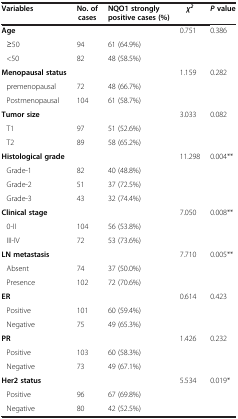
<table><thead><tr><td><b>Variables</b></td><td><b>No. of cases</b></td><td><b>NQO1 strongly positive cases (%)</b></td><td><b><i>χ</i><sup><i>2</i></sup></b></td><td><b><i>P</i>value</b></td></tr></thead><tbody><tr><td><b>Age</b></td><td> </td><td> </td><td rowspan="2">0.751</td><td rowspan="2">0.386</td></tr><tr><td> ≥50</td><td>94</td><td>61 (64.9%)</td></tr><tr><td> &lt;50</td><td>82</td><td>48 (58.5%)</td><td> </td><td> </td></tr><tr><td><b>Menopausal status</b></td><td> </td><td> </td><td rowspan="3">1.159</td><td rowspan="3">0.282</td></tr><tr><td> premenopausal</td><td>72</td><td>48 (66.7%)</td></tr><tr><td> Postmenopausal</td><td>104</td><td>61 (58.7%)</td></tr><tr><td><b>Tumor size</b></td><td> </td><td> </td><td rowspan="3">3.033</td><td rowspan="3">0.082</td></tr><tr><td> T1</td><td>97</td><td>51 (52.6%)</td></tr><tr><td> T2</td><td>89</td><td>58 (65.2%)</td></tr><tr><td><b>Histological grade</b></td><td> </td><td> </td><td rowspan="4">11.298</td><td rowspan="4">0.004**</td></tr><tr><td> Grade-1</td><td>82</td><td>40 (48.8%)</td></tr><tr><td> Grade-2</td><td>51</td><td>37 (72.5%)</td></tr><tr><td> Grade-3</td><td>43</td><td>32 (74.4%)</td></tr><tr><td><b>Clinical stage</b></td><td> </td><td> </td><td rowspan="3">7.050</td><td rowspan="3">0.008**</td></tr><tr><td> 0-II</td><td>104</td><td>56 (53.8%)</td></tr><tr><td> III-IV</td><td>72</td><td>53 (73.6%)</td></tr><tr><td><b>LN metastasis</b></td><td> </td><td> </td><td rowspan="3">7.710</td><td rowspan="3">0.005**</td></tr><tr><td> Absent</td><td>74</td><td>37 (50.0%)</td></tr><tr><td> Presence</td><td>102</td><td>72 (70.6%)</td></tr><tr><td><b>ER</b></td><td> </td><td> </td><td rowspan="3">0.614</td><td rowspan="3">0.423</td></tr><tr><td> Positive</td><td>101</td><td>60 (59.4%)</td></tr><tr><td> Negative</td><td>75</td><td>49 (65.3%)</td></tr><tr><td><b>PR</b></td><td> </td><td> </td><td rowspan="3">1.426</td><td rowspan="3">0.232</td></tr><tr><td> Positive</td><td>103</td><td>60 (58.3%)</td></tr><tr><td> Negative</td><td>73</td><td>49 (67.1%)</td></tr><tr><td><b>Her2 status</b></td><td> </td><td> </td><td rowspan="2">5.534</td><td rowspan="2">0.019*</td></tr><tr><td> Positive</td><td>96</td><td>67 (69.8%)</td></tr><tr><td> Negative</td><td>80</td><td>42 (52.5%)</td><td> </td><td> </td></tr></tbody></table>